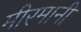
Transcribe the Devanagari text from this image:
मीरमानी